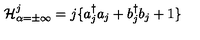
{ \cal H } _ { \alpha = \pm \infty } ^ { j } = j \{ a _ { j } ^ { \dagger } a _ { j } + b _ { j } ^ { \dagger } b _ { j } + 1 \}